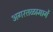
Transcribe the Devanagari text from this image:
अगरतळामार्गे